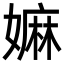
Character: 嫲